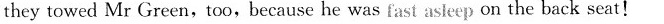
theytowed Mr Green,too,because he was fast asleep on the back seat!